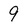
Character: 9